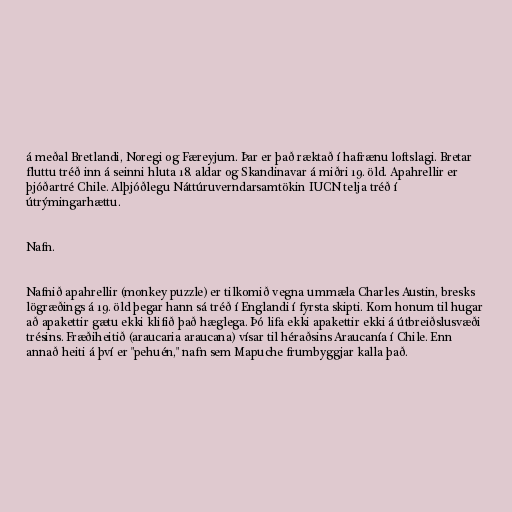
á meðal Bretlandi, Noregi og Færeyjum. Þar er það ræktað í hafrænu loftslagi. Bretar
fluttu tréð inn á seinni hluta 18. aldar og Skandinavar á miðri 19. öld. Apahrellir er
þjóðartré Chile. Alþjóðlegu Náttúruverndarsamtökin IUCN telja tréð í
útrýmingarhættu.

Nafn.

Nafnið apahrellir (monkey puzzle) er tilkomið vegna ummæla Charles Austin, bresks
lögræðings á 19. öld þegar hann sá tréð í Englandi í fyrsta skipti. Kom honum til hugar
að apakettir gætu ekki klifið það hæglega. Þó lifa ekki apakettir ekki á útbreiðslusvæði
trésins. Fræðiheitið (araucaria araucana) vísar til héraðsins Araucanía í Chile. Enn
annað heiti á því er "pehuén," nafn sem Mapuche frumbyggjar kalla það.